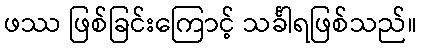
ဖဿ ဖြစ်ခြင်းကြောင့် သင်္ခါရဖြစ်သည်။